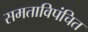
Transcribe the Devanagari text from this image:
समताविपंचित